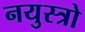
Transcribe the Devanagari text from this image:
नयुस्त्रो